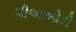
પીઆબોડી